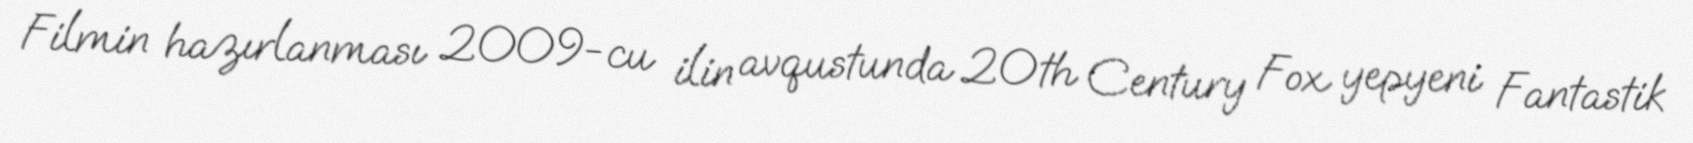
Filmin hazırlanması 2009-cu ilin avqustunda 20th Century Fox yepyeni Fantastik